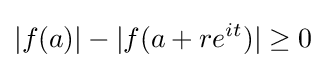
|f(a)|-|f(a+re^{it})|\geq 0